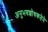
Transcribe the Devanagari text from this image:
अनुभवशोधकतेने